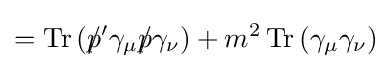
=\operatorname {Tr} \left(p\!\!\!/'\gamma _{\mu }p\!\!\!/\gamma _{\nu }\right)+m^{2}\operatorname {Tr} \left(\gamma _{\mu }\gamma _{\nu }\right)